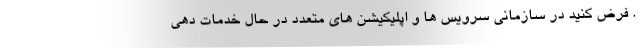
. فرض کنید در سازمانی سرویس ها و اپلیکیشن های متعدد در حال خدمات دهی